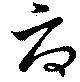
府